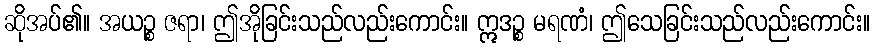
ဆိုအပ်၏။ အယဉ္စ ဇရာ၊ ဤအိုခြင်းသည်လည်းကောင်း။ ဣဒဉ္စ မရဏံ၊ ဤသေခြင်းသည်လည်းကောင်း။